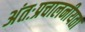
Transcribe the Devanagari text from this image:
अंतःप्रचालनीयता